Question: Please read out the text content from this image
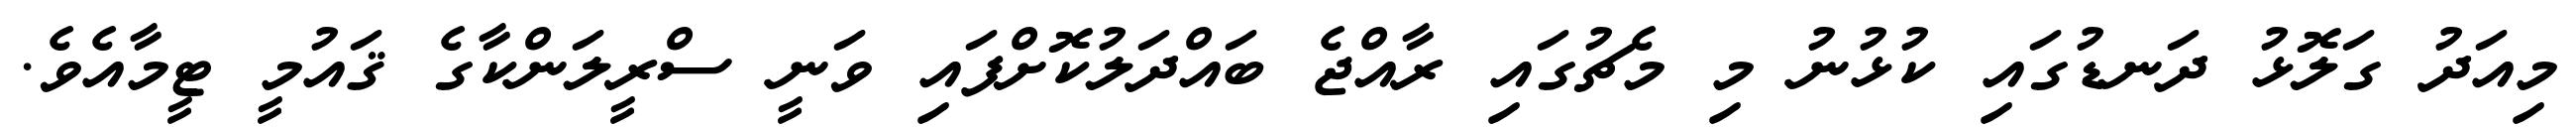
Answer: މިއަދު ގަލޮޅު ދަނޑުގައި ކުޅުނު މި މެޗުގައި ރާއްޖެ ބައްދަލުކޮށްފައި ވަނީ ސްރީލަންކާގެ ޤައުމީ ޓީމާއެވެ.